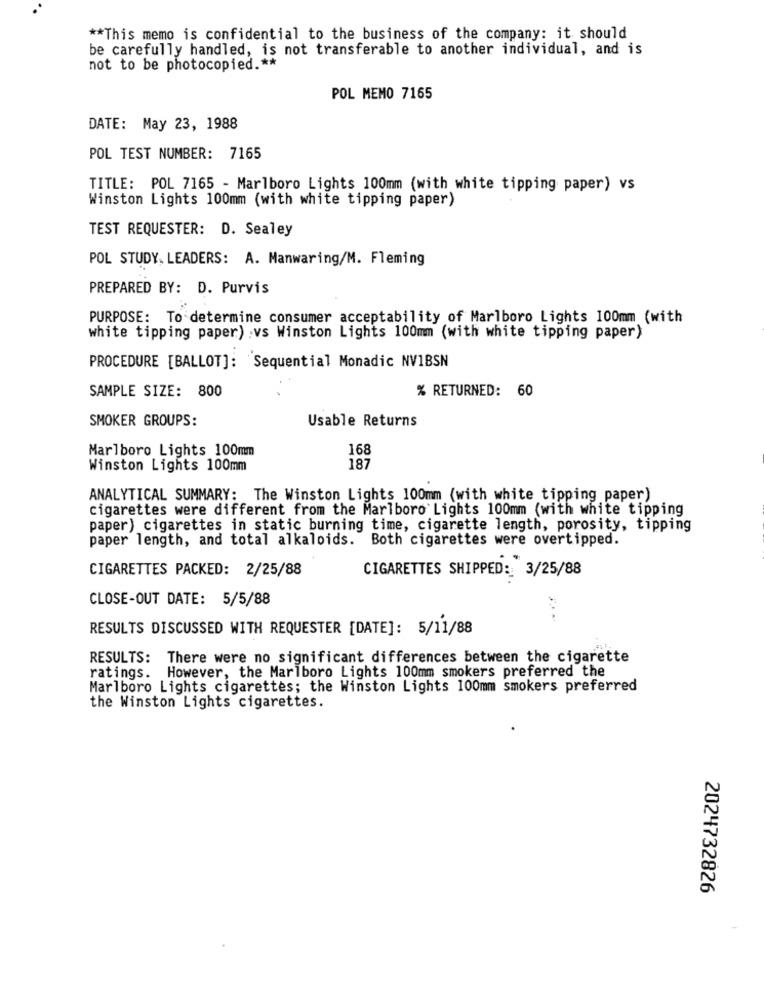
** This memo is confidential to the business of the company: it should
be carefully handled, is not transferable to another individual, and is
not to be photocopied .**
POL MEMO 7165
DATE: May 23, 1988
POL TEST NUMBER: 7165
TITLE: POL 7165 - Marlboro Lights 100mm (with white tipping paper) vs
Winston Lights 100mm (with white tipping paper)
TEST REQUESTER: D. Sealey
POL STUDY, LEADERS: A. Manwaring/M. Fleming
PREPARED BY: D. Purvis
PURPOSE: To determine consumer acceptability of Marlboro Lights 100mm (with
white tipping paper) :vs Winston Lights 100mm (with white tipping paper)
PROCEDURE [BALLOT]: Sequential Monadic NV1BSN
SAMPLE SIZE: 800
% RETURNED: 60
SMOKER GROUPS:
Usable Returns
Marlboro Lights 100mm
168
Winston Lights 100mm
187
ANALYTICAL SUMMARY: The Winston Lights 100mm (with white tipping paper)
cigarettes were different from the Marlboro Lights 100mm (with white tipping
paper) cigarettes in static burning time, cigarette length, porosity, tipping
paper length, and total alkaloids. Both cigarettes were overtipped.
CIGARETTES PACKED: 2/25/88
CIGARETTES SHIPPED: 3/25/88
CLOSE-OUT DATE: 5/5/88
RESULTS DISCUSSED WITH REQUESTER [DATE]: 5/11/88
RESULTS: There were no significant differences between the cigarette
ratings. However, the Marlboro Lights 100mm smokers preferred the
Marlboro Lights cigarettes; the Winston Lights 100mm smokers preferred
the Winston Lights cigarettes.
2024732826